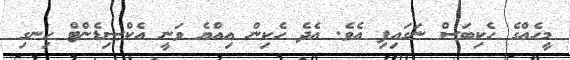
މީހެއްގެ ހެކިބަސް ނަގައިފި އެވެ. އެދެ ހެކިން އިއްޔެ ވަނީ އެކްސިޑެންޓް ހިނގި